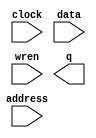
// megafunction wizard: %RAM: 1-PORT%VBB%
// GENERATION: STANDARD
// VERSION: WM1.0
// MODULE: altsyncram 

// ============================================================
// Megafunction Name(s):
// 			altsyncram
//
// Simulation Library Files(s):
// 			altera_mf
// ============================================================
// ************************************************************
// THIS IS A WIZARD-GENERATED FILE. DO NOT EDIT THIS FILE!
//
// 15.0.0 Build 145 04/22/2015 SJ Full Version
// ************************************************************

//Copyright (C) 1991-2015 Altera Corporation. All rights reserved.
//Your use of Altera Corporation's design tools, logic functions 
//and other software and tools, and its AMPP partner logic 
//functions, and any output files from any of the foregoing 
//(including device programming or simulation files), and any 
//associated documentation or information are expressly subject 
//to the terms and conditions of the Altera Program License 
//Subscription Agreement, the Altera Quartus II License Agreement,
//the Altera MegaCore Function License Agreement, or other 
//applicable license agreement, including, without limitation, 
//that your use is for the sole purpose of programming logic 
//devices manufactured by Altera and sold by Altera or its 
//authorized distributors.  Please refer to the applicable 
//agreement for further details.

module SixIm (
	address,
	clock,
	data,
	wren,
	q);

	input	[8:0]  address;
	input	  clock;
	input	[7:0]  data;
	input	  wren;
	output	[7:0]  q;
`ifndef ALTERA_RESERVED_QIS
// synopsys translate_off
`endif
	tri1	  clock;
`ifndef ALTERA_RESERVED_QIS
// synopsys translate_on
`endif

endmodule

// ============================================================
// CNX file retrieval info
// ============================================================
// Retrieval info: PRIVATE: ADDRESSSTALL_A NUMERIC "0"
// Retrieval info: PRIVATE: AclrAddr NUMERIC "0"
// Retrieval info: PRIVATE: AclrByte NUMERIC "0"
// Retrieval info: PRIVATE: AclrData NUMERIC "0"
// Retrieval info: PRIVATE: AclrOutput NUMERIC "0"
// Retrieval info: PRIVATE: BYTE_ENABLE NUMERIC "0"
// Retrieval info: PRIVATE: BYTE_SIZE NUMERIC "8"
// Retrieval info: PRIVATE: BlankMemory NUMERIC "0"
// Retrieval info: PRIVATE: CLOCK_ENABLE_INPUT_A NUMERIC "0"
// Retrieval info: PRIVATE: CLOCK_ENABLE_OUTPUT_A NUMERIC "0"
// Retrieval info: PRIVATE: Clken NUMERIC "0"
// Retrieval info: PRIVATE: DataBusSeparated NUMERIC "1"
// Retrieval info: PRIVATE: IMPLEMENT_IN_LES NUMERIC "0"
// Retrieval info: PRIVATE: INIT_FILE_LAYOUT STRING "PORT_A"
// Retrieval info: PRIVATE: INIT_TO_SIM_X NUMERIC "0"
// Retrieval info: PRIVATE: INTENDED_DEVICE_FAMILY STRING "Cyclone V"
// Retrieval info: PRIVATE: JTAG_ENABLED NUMERIC "0"
// Retrieval info: PRIVATE: JTAG_ID STRING "NONE"
// Retrieval info: PRIVATE: MAXIMUM_DEPTH NUMERIC "0"
// Retrieval info: PRIVATE: MIFfilename STRING "../Numbers/6.mif"
// Retrieval info: PRIVATE: NUMWORDS_A NUMERIC "512"
// Retrieval info: PRIVATE: RAM_BLOCK_TYPE NUMERIC "0"
// Retrieval info: PRIVATE: READ_DURING_WRITE_MODE_PORT_A NUMERIC "3"
// Retrieval info: PRIVATE: RegAddr NUMERIC "1"
// Retrieval info: PRIVATE: RegData NUMERIC "1"
// Retrieval info: PRIVATE: RegOutput NUMERIC "1"
// Retrieval info: PRIVATE: SYNTH_WRAPPER_GEN_POSTFIX STRING "0"
// Retrieval info: PRIVATE: SingleClock NUMERIC "1"
// Retrieval info: PRIVATE: UseDQRAM NUMERIC "1"
// Retrieval info: PRIVATE: WRCONTROL_ACLR_A NUMERIC "0"
// Retrieval info: PRIVATE: WidthAddr NUMERIC "9"
// Retrieval info: PRIVATE: WidthData NUMERIC "8"
// Retrieval info: PRIVATE: rden NUMERIC "0"
// Retrieval info: LIBRARY: altera_mf altera_mf.altera_mf_components.all
// Retrieval info: CONSTANT: CLOCK_ENABLE_INPUT_A STRING "BYPASS"
// Retrieval info: CONSTANT: CLOCK_ENABLE_OUTPUT_A STRING "BYPASS"
// Retrieval info: CONSTANT: INIT_FILE STRING "../Numbers/6.mif"
// Retrieval info: CONSTANT: INTENDED_DEVICE_FAMILY STRING "Cyclone V"
// Retrieval info: CONSTANT: LPM_HINT STRING "ENABLE_RUNTIME_MOD=NO"
// Retrieval info: CONSTANT: LPM_TYPE STRING "altsyncram"
// Retrieval info: CONSTANT: NUMWORDS_A NUMERIC "512"
// Retrieval info: CONSTANT: OPERATION_MODE STRING "SINGLE_PORT"
// Retrieval info: CONSTANT: OUTDATA_ACLR_A STRING "NONE"
// Retrieval info: CONSTANT: OUTDATA_REG_A STRING "CLOCK0"
// Retrieval info: CONSTANT: POWER_UP_UNINITIALIZED STRING "FALSE"
// Retrieval info: CONSTANT: READ_DURING_WRITE_MODE_PORT_A STRING "NEW_DATA_NO_NBE_READ"
// Retrieval info: CONSTANT: WIDTHAD_A NUMERIC "9"
// Retrieval info: CONSTANT: WIDTH_A NUMERIC "8"
// Retrieval info: CONSTANT: WIDTH_BYTEENA_A NUMERIC "1"
// Retrieval info: USED_PORT: address 0 0 9 0 INPUT NODEFVAL "address[8..0]"
// Retrieval info: USED_PORT: clock 0 0 0 0 INPUT VCC "clock"
// Retrieval info: USED_PORT: data 0 0 8 0 INPUT NODEFVAL "data[7..0]"
// Retrieval info: USED_PORT: q 0 0 8 0 OUTPUT NODEFVAL "q[7..0]"
// Retrieval info: USED_PORT: wren 0 0 0 0 INPUT NODEFVAL "wren"
// Retrieval info: CONNECT: @address_a 0 0 9 0 address 0 0 9 0
// Retrieval info: CONNECT: @clock0 0 0 0 0 clock 0 0 0 0
// Retrieval info: CONNECT: @data_a 0 0 8 0 data 0 0 8 0
// Retrieval info: CONNECT: @wren_a 0 0 0 0 wren 0 0 0 0
// Retrieval info: CONNECT: q 0 0 8 0 @q_a 0 0 8 0
// Retrieval info: GEN_FILE: TYPE_NORMAL SixIm.v TRUE
// Retrieval info: GEN_FILE: TYPE_NORMAL SixIm.inc FALSE
// Retrieval info: GEN_FILE: TYPE_NORMAL SixIm.cmp FALSE
// Retrieval info: GEN_FILE: TYPE_NORMAL SixIm.bsf FALSE
// Retrieval info: GEN_FILE: TYPE_NORMAL SixIm_inst.v FALSE
// Retrieval info: GEN_FILE: TYPE_NORMAL SixIm_bb.v TRUE
// Retrieval info: LIB_FILE: altera_mf